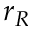
r _ { R }